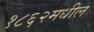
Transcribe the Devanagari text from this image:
१८६२मधील